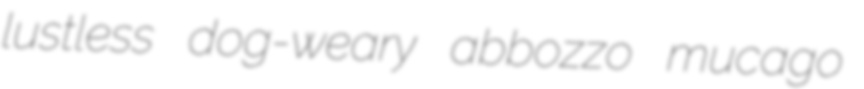
lustless dog-weary abbozzo mucago